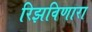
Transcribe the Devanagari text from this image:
रिझविणारा